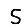
Digit: 5